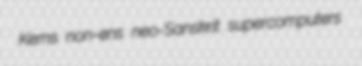
Kerns non-ens neo-Sanskrit supercomputers